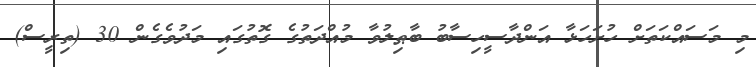
މި މަސައްކަތަށް ހުށަހަޅާ އަންދާސީހިސާބު ބާޠިލުވާ މުއްދަތުގެ ގޮތުގައި މަދުވެގެން 30 (ތިރީސް)